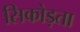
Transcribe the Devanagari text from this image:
सिकोड़ता